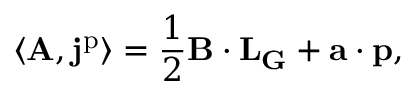
\langle \mathbf { A } , \mathbf { j } ^ { \mathrm { p } } \rangle = \frac { 1 } { 2 } \mathbf { B } \cdot \mathbf { L } _ { \mathbf { G } } + \mathbf { a } \cdot \mathbf { p } ,